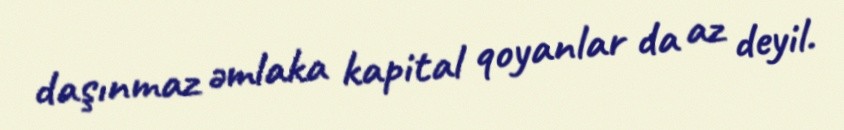
daşınmaz əmlaka kapital qoyanlar da az deyil.